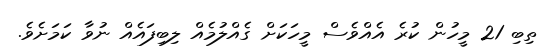
ތިބި 21 މީހުން ކުރެ އެއްވެސް މީހަކަށް ގެއްލުމެއް ލިބިފައެއް ނުވާ ކަމަށެވެ.